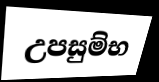
උපසුම්භ